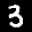
Label: 3